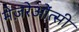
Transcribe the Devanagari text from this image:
मेज़रेओंत्सी